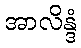
အာလိန္ဒံ